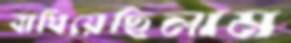
বাধিয়েছিলাম